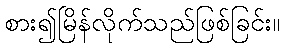
စား၍မြိန်လိုက်သည်ဖြစ်ခြင်း။